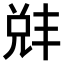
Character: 𫤛